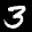
Label: 3